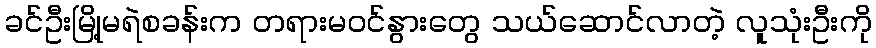
ခင်ဦးမြို့မရဲစခန်းက တရားမဝင်နွားတွေ သယ်ဆောင်လာတဲ့ လူသုံးဦးကို